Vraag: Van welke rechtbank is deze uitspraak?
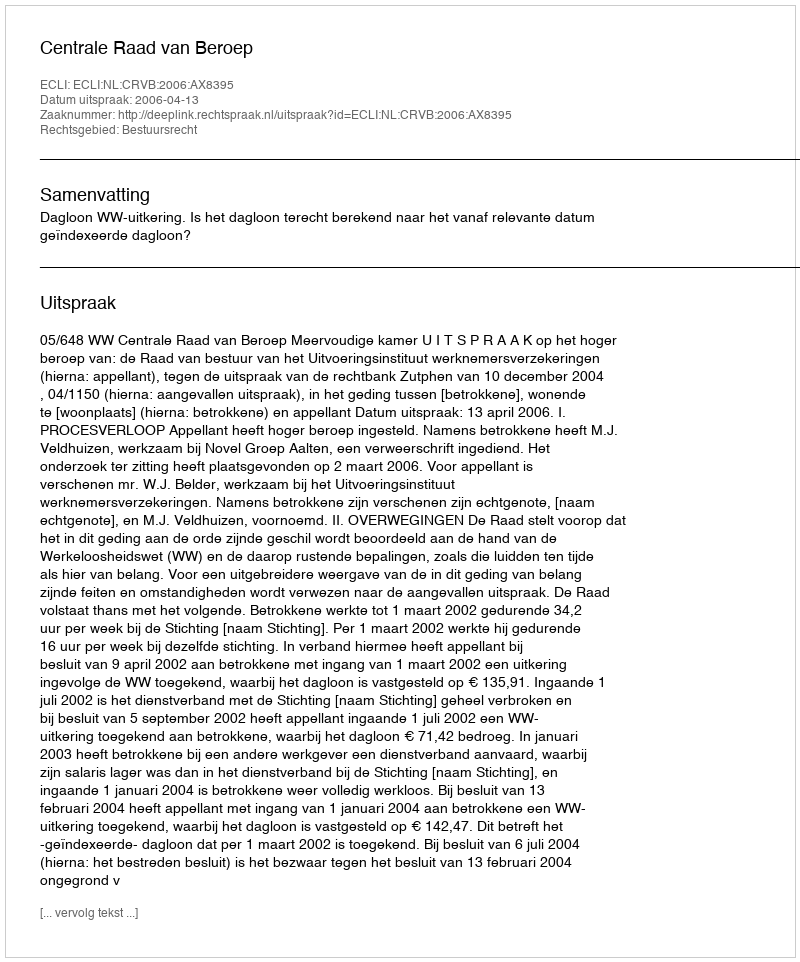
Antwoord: Centrale Raad van Beroep